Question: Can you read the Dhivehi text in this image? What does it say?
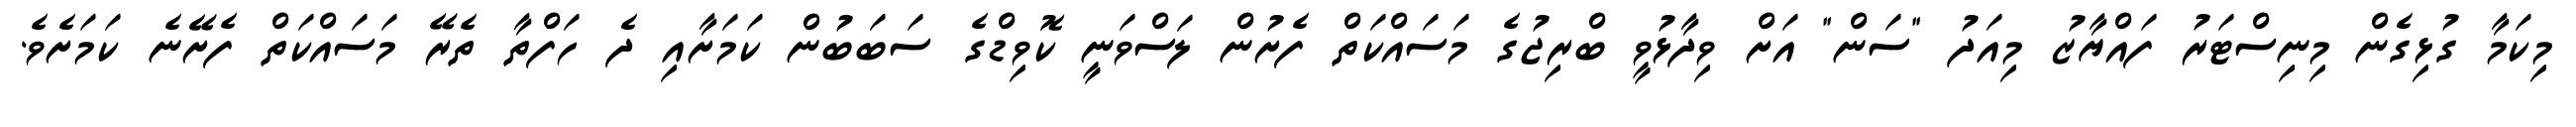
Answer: މިކަމާ ގުޅިގެން މިނިސްޓަރު ފައްޔާޒު މިއަދު "ސަން" އަށް ވިދާޅުވީ ބްރިޖުގެ މަސައްކަތް ފެށުން ލަސްވަނީ ކޮވިޑްގެ ސަބަބުން ކަމަށާއި ދެ ހަފްތާ ތެރޭ މަސައްކަތް ފެށޭނެ ކަމަށެވެ.